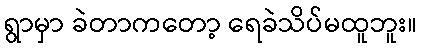
ရွာမှာ ခဲတာကတော့ ရေခဲသိပ်မထူဘူး။